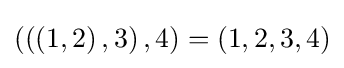
\left(\left(\left(1,2\right),3\right),4\right)=\left(1,2,3,4\right)